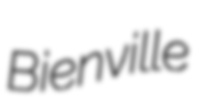
Bienville